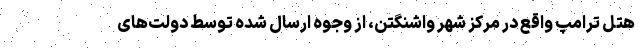
هتل ترامپ واقع در مرکز شهر واشنگتن، از وجوه ارسال شده توسط دولت‌های